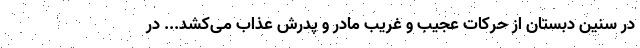
در سنین دبستان از حرکات عجیب و غریب مادر و پدرش عذاب می‌کشد... در